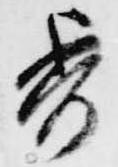
委